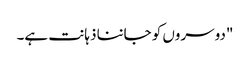
"دوسروں کو جاننا ذہانت ہے۔